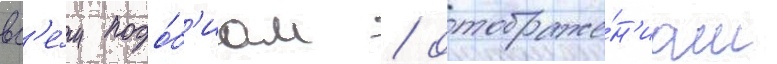
вс'е́м подо́б'иам / отображе́н'иам